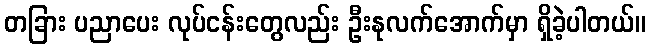
တခြား ပညာပေး လုပ်ငန်းတွေလည်း ဦးနုလက်အောက်မှာ ရှိခဲ့ပါတယ်။